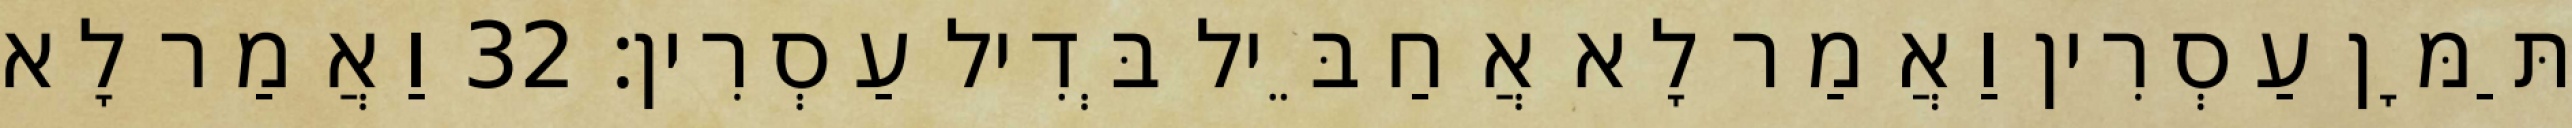
תַּמָּן עַסְרִין וַאֲמַר לָא אֲחַבֵּיל בְּדִיל עַסְרִין׃ 32 וַאֲמַר לָא